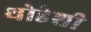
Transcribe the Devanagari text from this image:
थोडेशी